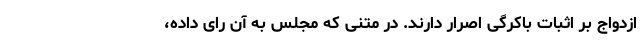
ازدواج بر اثبات باکر‌گی اصرار دارند. در متنی که مجلس به آن رای داده،